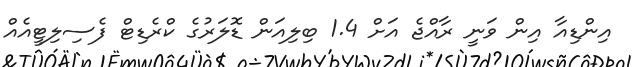
އިންޑިއާ އިން ވަނީ ރާއްޖެ އަށް 1.4 ބިލިއަން ޑޮލަރުގެ ކްރެޑިޓް ފެސިލިޓީއެއް